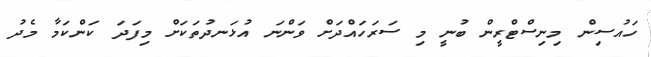
ހައުސިން މިނިސްޓްރީން ބުނީ މި ސަރަހައްދަށް ވަންނަ އުޅަނދުތަކަށް މިފަދަ ކަންކަމާ މެދު